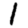
Digit: 1